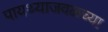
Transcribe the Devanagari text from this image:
पायथ्याजवळच्या